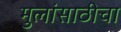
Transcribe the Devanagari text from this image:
मुलांसाठीचा